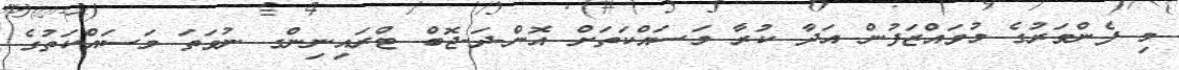
މި ފެންވަރުގެ މުވައްޒަފުން އަދާ ކުރާ މަސައްކަތަށް އޮން-ދަ-ޖޮބް ޓްރައިނިންގ ނުވަތަ މަސައްކަތުގެ